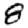
Digit: 8